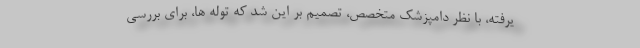
یرفته، با نظر دامپزشک متخصص، تصمیم بر این شد که توله ها، برای بررسی